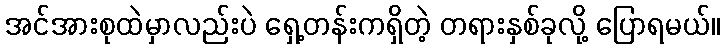
အင်အားစုထဲမှာလည်းပဲ ရှေ့တန်းကရှိတဲ့ တရားနှစ်ခုလို့ ပြောရမယ်။